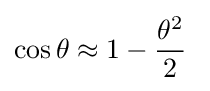
\cos \theta \approx 1-{\theta ^{2} \over 2}\